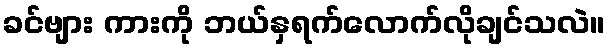
ခင်ဗျား ကားကို ဘယ်နှရက်လောက်လိုချင်သလဲ။